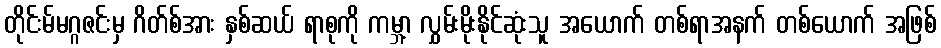
တိုင်းမ်မဂ္ဂဇင်းမှ ဂိတ်စ်အား နှစ်ဆယ် ရာစုကို ကမ္ဘာ့ လွှမ်းမိုးနိုင်ဆုံးသူ အယောက် တစ်ရာအနက် တစ်ယောက် အဖြစ်